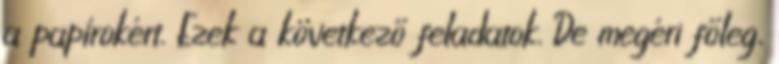
a papírokért. Ezek a következő feladatok. De megéri főleg,